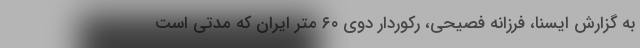
به گزارش ایسنا، فرزانه فصیحی، رکوردار دوی ۶۰ متر ایران که مدتی است